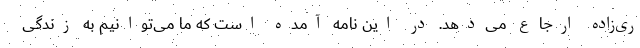
ری‌زاده ارجاع می‌دهد. در این نامه آمده است که ما می‌توانیم به زندگی